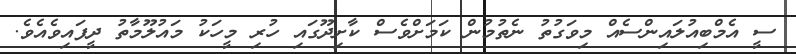
ސީ އެމްބިއުލައިންސެއް މިވަގުތު ނެތުމުން ކަމަށްވެސް ކާށިދޫގައި ހުރި މީހަކު މައުލޫމާތު ދީފައިވެއެވެ.